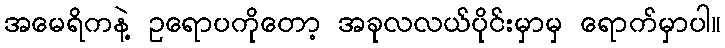
အမေရိကနဲ့ ဥရောပကိုတော့ အခုလလယ်ပိုင်းမှာမှ ရောက်မှာပါ။